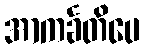
အာကင်္ခတိပေ